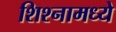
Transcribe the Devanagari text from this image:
शिश्नामध्ये